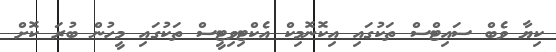
ކިޔާ ވެބް ސައިޓްސް ތަކުގައި އިކޮނޮމިކް އެކްޓިވިޓީސް ތަކުގައި މީހުން ބުރަ ކޮށް